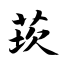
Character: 莰